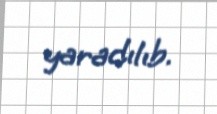
yaradılıb.